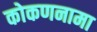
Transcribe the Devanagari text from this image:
कोकणनामा